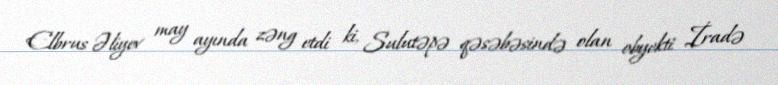
Elbrus Əliyev may ayında zəng etdi ki, Sulutəpə qəsəbəsində olan obyekti İradə